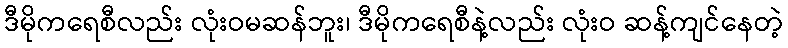
ဒီမိုကရေစီလည်း လုံးဝမဆန်ဘူး၊ ဒီမိုကရေစီနဲ့လည်း လုံးဝ ဆန့်ကျင်နေတဲ့